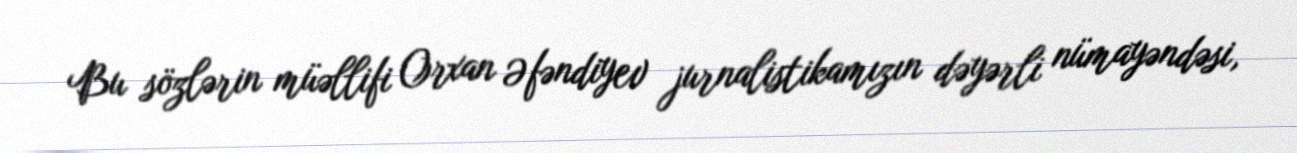
Bu sözlərin müəllifi Orxan Əfəndiyev jurnalistikamızın dəyərli nümayəndəsi,